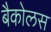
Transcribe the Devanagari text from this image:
बैकोलस